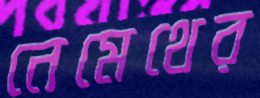
নেমেথের